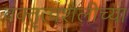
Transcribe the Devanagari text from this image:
वक्तृत्वशैलीच्या